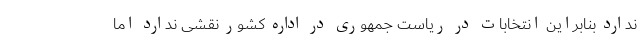
ندارد بنابراین انتخابات در ریاست جمهوری در اداره کشور نقشی ندارد اما